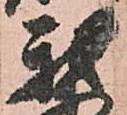
我